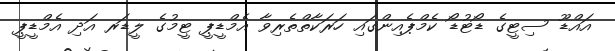
އައްޑޫ ސިޓީގެ ޑޯޓުޑޯ ކެމްޕެއިންގައި ހަރަކާތްތެރިވާ އެމްޑީޕީ ޓީމުގެ ލީޑަރ އަދި އެމްޑީޕީ